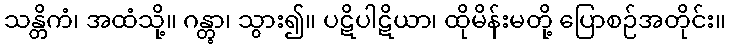
သန္တိကံ၊ အထံသို့။ ဂန္တွာ၊ သွား၍။ ပဋိပါဋိယာ၊ ထိုမိန်းမတို့ ပြောစဉ်အတိုင်း။